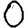
Digit: 0